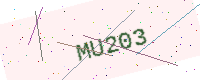
Text: MU203